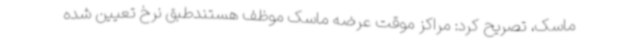
ماسک، تصریح کرد: مراکز موقت عرضه ماسک موظف هستندطبق نرخ تعیین شده